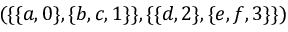
( \{ \{ a , 0 \} , \{ b , c , 1 \} \} , \{ \{ d , 2 \} , \{ e , f , 3 \} \} )